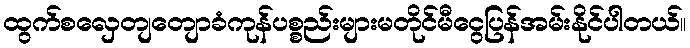
ထွက်စလှေတျတျောခံကုန်ပစ္စည်းများမတိုင်မီငွေပြန်အမ်းနိုင်ပါတယ်။